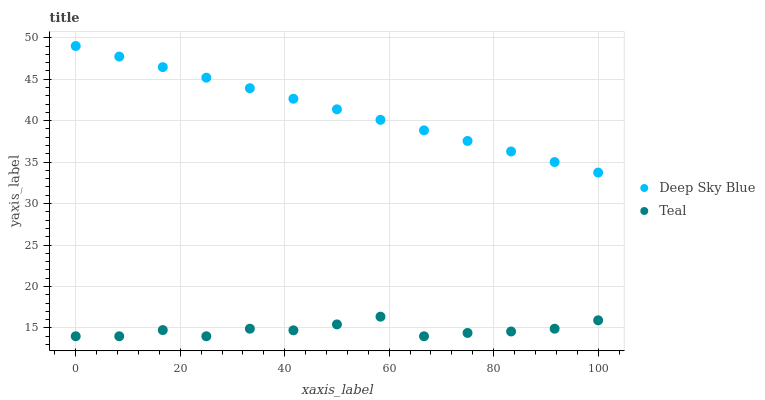
| xaxis_label | Deep Sky Blue | Teal |
 | --- | --- | --- |
 | 0 | 49 | 14 |
 | 8.33 | 47.7 | 14 |
 | 16.7 | 46.5 | 14.7 |
 | 25 | 45.2 | 14 |
 | 33.3 | 43.9 | 14.9 |
 | 41.7 | 42.6 | 14.7 |
 | 50 | 41.4 | 15.4 |
 | 58.3 | 40.1 | 16.4 |
 | 66.7 | 38.8 | 14 |
 | 75 | 37.6 | 14.4 |
 | 83.3 | 36.3 | 14.6 |
 | 91.7 | 35 | 14.9 |
 | 100 | 33.7 | 15.9 |